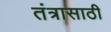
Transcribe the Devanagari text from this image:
तंत्रासाठी